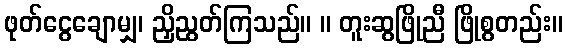
ဖုတ်ငွေချောမျှ၊ ညှိညွတ်ကြသည်။ ။ တူးဆွဖြိုညီ ဖြိုစွတည်း။